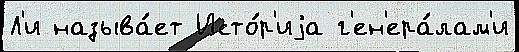
Л'и называ́ет Исто́р'иjа г'ен'ера́лам'и